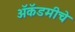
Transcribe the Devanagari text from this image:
अॅकॅडमीचे